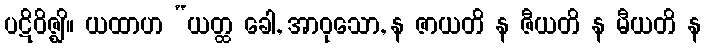
ပဋိဝိဇ္ဈိ။ ယထာဟ “ယတ္ထ ခေါ, အာဝုသော, န ဇာယတိ န ဇီယတိ န မီယတိ န